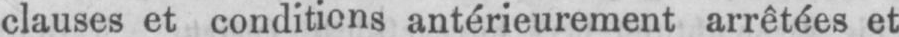
clauses et conditions antérieurement arrêtées et